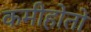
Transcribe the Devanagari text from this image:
कमीहोतो